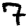
Digit: 7